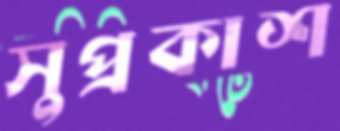
সুপ্রকাশ